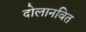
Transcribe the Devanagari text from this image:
दोलानवित